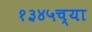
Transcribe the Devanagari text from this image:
१३४५च्या